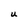
Character: U